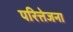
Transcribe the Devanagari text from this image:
परित्तेजना